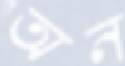
অন